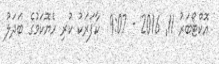
އޮކްޓޯބަރު 11